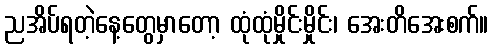
ညအိပ်ရတဲ့နေ့တွေမှာတော့ ထုံထုံမှိုင်းမှိုင်း၊ အေးတိအေးစက်။